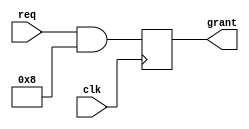
module WeightedArbiter (
    input               wire            clk,
    input               wire [3:0]      req,
    output reg          [3:0]           grant
);

reg [3:0] weights = 4'b1000; // Assign weights to each requester
reg [3:0] req_sorted;

always @(posedge clk) begin
    // Arbitration logic to select highest weighted request
    req_sorted = req & weights;
    grant <= req_sorted;
end

endmodule